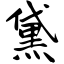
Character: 黛